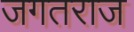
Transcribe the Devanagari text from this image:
जगतराज